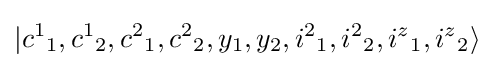
|{c^{1}}_{1},{c^{1}}_{2},{c^{2}}_{1},{c^{2}}_{2},y_{1},y_{2},{i^{2}}_{1},{i^{2}}_{2},{i^{z}}_{1},{i^{z}}_{2}\rangle